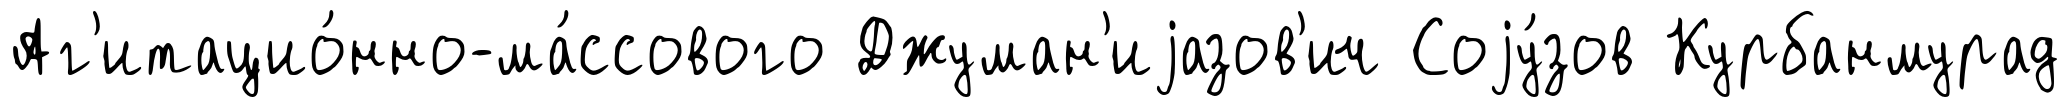
Аг'итацио́нно-ма́ссового Джуман'иjазов'ич Соjу́зов Курбанмурад